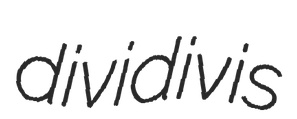
dividivis